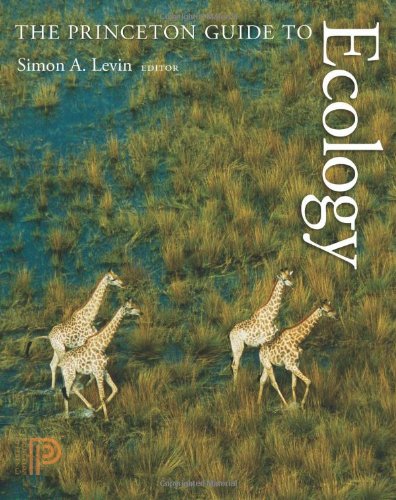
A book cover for The Princeton Guide to Ecology; Science & Math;